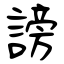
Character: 謗